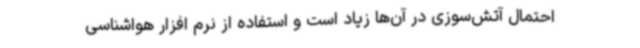
احتمال آتش‌سوزی در آن‌ها زیاد است و استفاده از نرم افزار هواشناسی